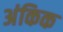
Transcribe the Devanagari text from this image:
अंकिक